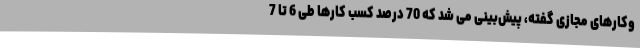
‌وکارهای مجازی گفته، پیش‌بینی می شد که 70 درصد کسب کارها طی 6 تا 7